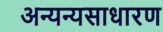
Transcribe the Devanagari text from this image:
अन्यन्यसाधारण